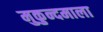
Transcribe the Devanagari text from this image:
मुकुन्दमाला